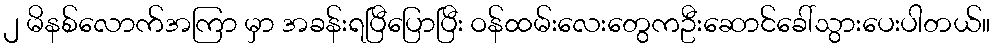
၂ မိနစ်လောက်အကြာ မှာ အခန်းရပြီပြောပြီး ဝန်ထမ်းလေးတွေကဦးဆောင်ခေါ်သွားပေးပါတယ်။